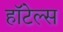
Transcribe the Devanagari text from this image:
हाॅटेल्स